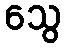
သွေ